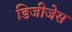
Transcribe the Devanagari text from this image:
डिजीजेस